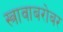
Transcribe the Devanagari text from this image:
स्त्रावाबरोबर